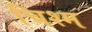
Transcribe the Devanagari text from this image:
चिश्म